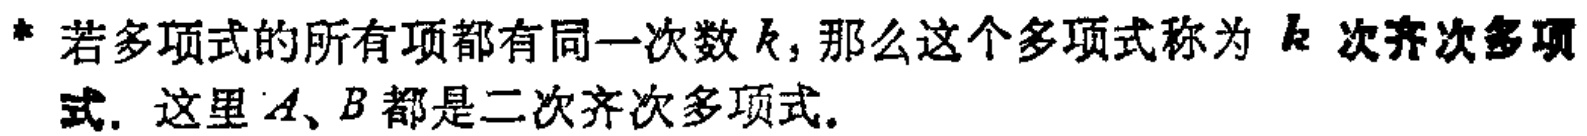
若多项式的所有项都有同一次数 \(k\)，那么这个多项式称为 \(k\) 次齐次多项式. 这里 \(A、B\) 都是二次齐次多项式.